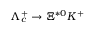
\Lambda _ { c } ^ { + } \to \Xi ^ { * 0 } K ^ { + }